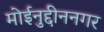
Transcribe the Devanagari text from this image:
मोईनुद्दीननगर